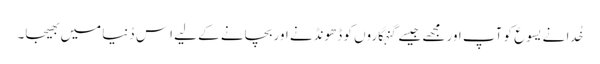
خُدا نے یسوع کو آپ اور مجھے جیسے گنہگاروں کو ڈھونڈنے اور بچانے کے لیے اِس دُنیا میں بھیجا۔